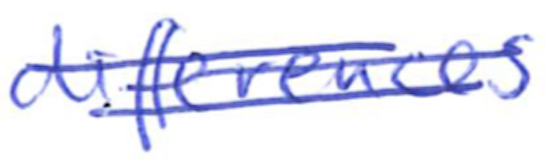
Text: differences
Cross-out: double-line
Writing tool: ballpoint